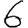
Digit: 6